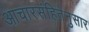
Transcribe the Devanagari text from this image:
आचारसंहितेनुसार